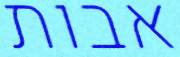
אבות